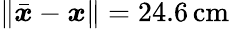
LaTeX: \lVert\bar{\boldsymbol{x}}-\boldsymbol{x}\rVert=24.6\, \mathrm{cm}